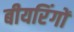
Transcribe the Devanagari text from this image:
बीयरिंगों